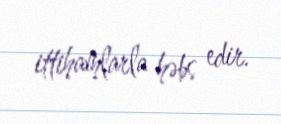
ittihamlarla həbs edir.